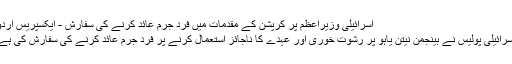
اسرائیلی وزیراعظم پر کرپشن کے مقدمات میں فرد جرم عائد کرنے کی سفارش - ایکسپریس اردو
اسرائیلی پولیس نے بینجمن نیتن یاہو پر رشوت خوری اور عہدے کا ناجائز استعمال کرنے پر فرد جرم عائد کرنے کی سفارش کی ہے۔